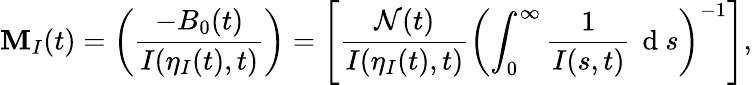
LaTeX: \mathbf{M}_{I}(t)=\left(\frac{{-B_{0}(t)}}{{I(\eta_{I}(t),t)}}\right)=\left[\frac{{\mathcal{{N}}(t)}}{{I(\eta_{I}(t),t)}}\left(\int_{0}^{\infty}\frac{{1}}{{I(s,t)}}\, \mathrm{{~d~}}s\right)^{-1}\right],